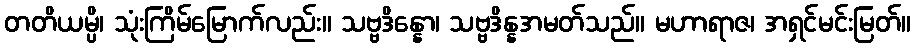
တတိယမ္ပိ၊ သုံးကြိမ်မြောက်လည်း။ သဗ္ဗဒိန္နော၊ သဗ္ဗဒိန္နအမတ်သည်။ မဟာရာဇ၊ အရှင်မင်းမြတ်။